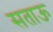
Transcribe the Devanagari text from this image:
सताऊ